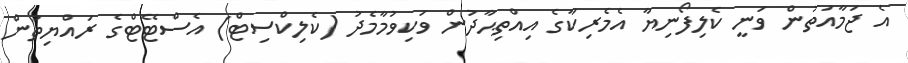
އެ ޖަމާއަތުން ވަނީ ކެލިފޯނިޔާ އެމެރިކާގެ އިއްތިޙާދުން ވަކިވުމާމެދު (ކެލިކްސިޓް) އެސްޓޭޓްގެ ރައްޔިތުން